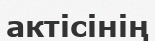
актісінің